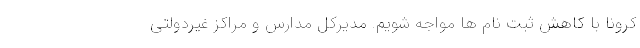
کرونا با کاهش ثبت نام ها مواجه شویم. مدیرکل مدارس و مراکز غیردولتی